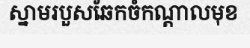
ស្នាមរបួសឆែកចំកណ្តាលមុខ